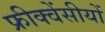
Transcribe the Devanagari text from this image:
फ्रीक्वेंसीयों